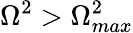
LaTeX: \Omega^{2}>\Omega_{max}^{2}